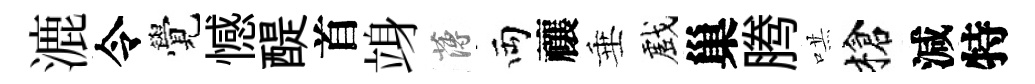
漉令覺憾醍首竧薄両禳垂戲巢腾哄槍減特